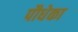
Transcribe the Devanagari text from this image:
पौधेका